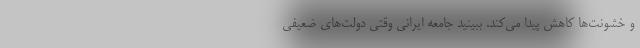
و خشونت‌ها کاهش پیدا می‌کند. ببینید جامعه ایرانی وقتی دولت‌های ضعیفی